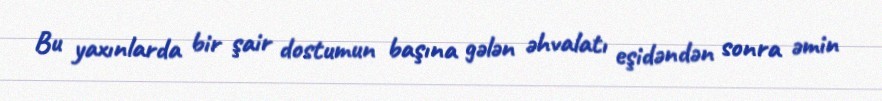
Bu yaxınlarda bir şair dostumun başına gələn əhvalatı eşidəndən sonra əmin